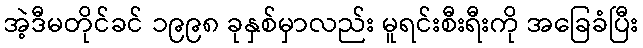
အဲ့ဒီမတိုင်ခင် ၁၉၉၈ ခုနှစ်မှာလည်း မူရင်းစီးရီးကို အခြေခံပြီး